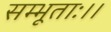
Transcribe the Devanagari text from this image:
सम्भूताः।।